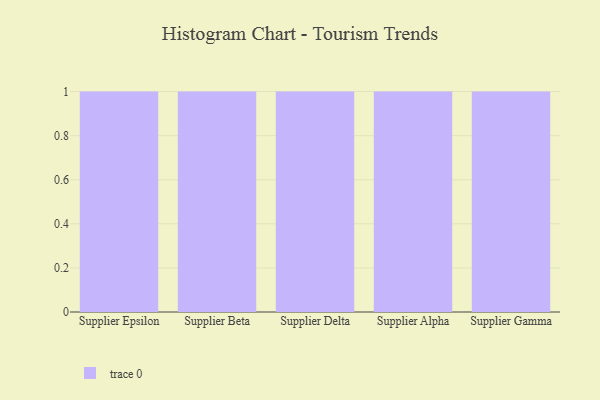
{"axis": {"x": "Supplier", "y": "Budget (USD K)"}, "legend": [""], "data": [{"x": "Supplier Epsilon", "y": 14, "type": ""}, {"x": "Supplier Beta", "y": 19, "type": ""}, {"x": "Supplier Delta", "y": 69, "type": ""}, {"x": "Supplier Alpha", "y": 11, "type": ""}, {"x": "Supplier Gamma", "y": 100, "type": ""}]}